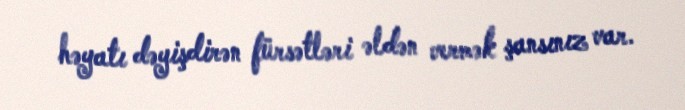
həyatı dəyişdirən fürsətləri əldən vermək şansınız var.